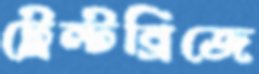
ট্রেন্টব্রিজে